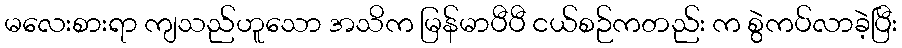
မလေးစားရာ ကျသည်ဟူသော အသိက မြန်မာပီပီ ငယ်စဉ်ကတည်း က စွဲကပ်လာခဲ့ပြီး